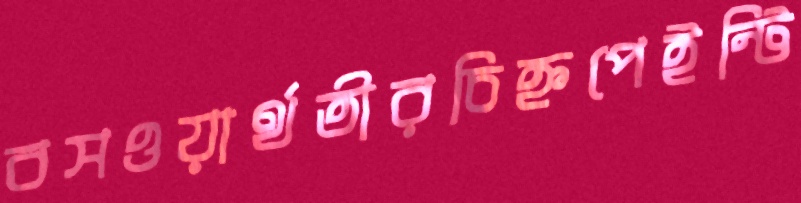
বসওয়ার্থতীরচিহ্নপেইন্টি